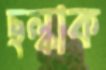
ছল্‌কাক